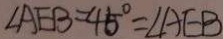
\angle A E B = 4 5 ^ { \circ } = \angle A E B